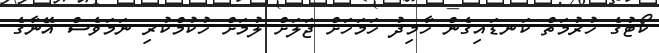
ކޯޓުގެ ހުރުމަތް ކަނޑައިގެން ހާމިދު ހަމަހަށް ޖަލަށް ލުމަށް ހުކުމްކުރި ނަމަވެސް އޭނާގެ